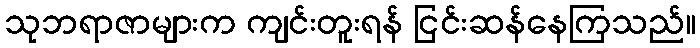
သုဘရာဇာများက ကျင်းတူးရန် ငြင်းဆန်နေကြသည်။